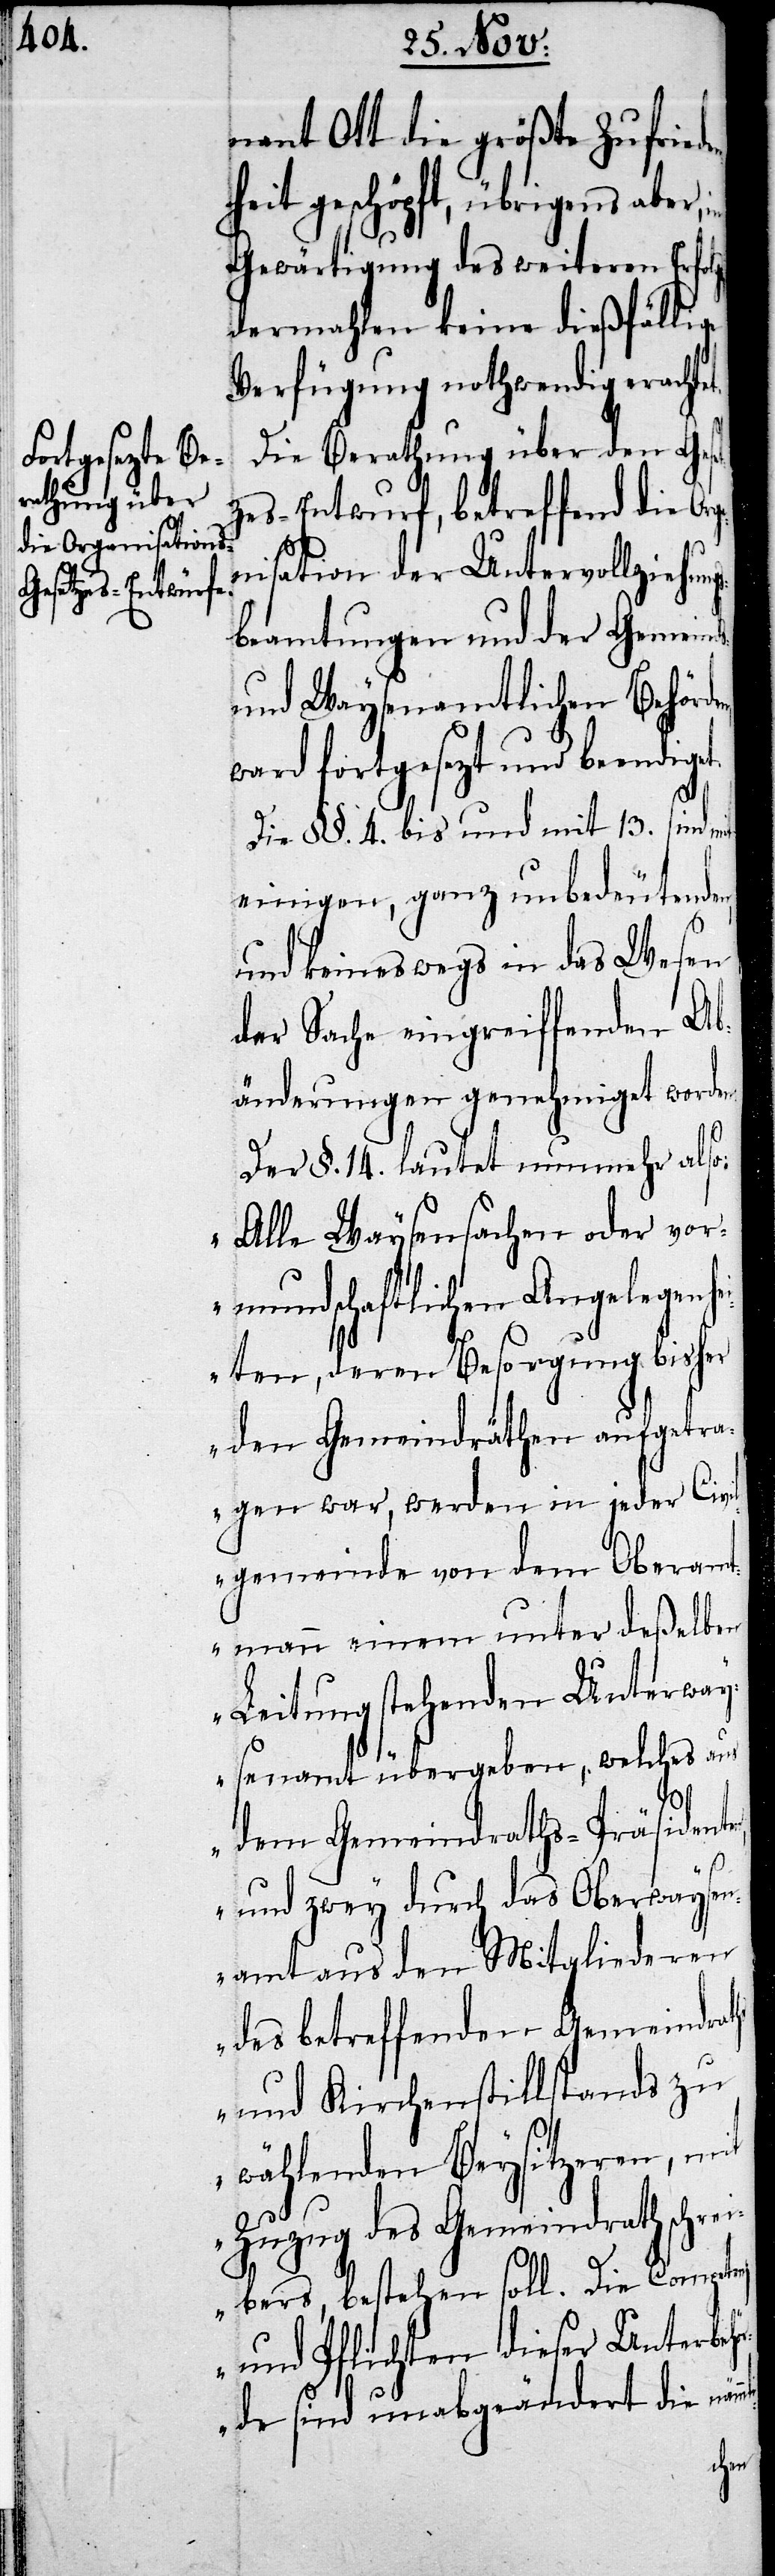
nant Ott die größte Zufried¬
heit geschöpft, übrigens aber,
Gewärtigung des weiteren Erfol¬
dermahlen keine dießfällige
Verfügung nothwendig eracht¬
Die Berathung über den Geset¬
zes-Entwurf, betreffend die Or¬
nisation der Untervollziehung¬
sbeamtungen und der Gemein¬
und Waysenamtlichen Behörd¬
ward fortgesetzt und beendig¬
Die §§. 4. bis und mit 13. sind mit
einigen, ganz unbedeutenden,
und keineswegs in das Wesen
der Sache eingreiffenden Ab¬
änderungen genehmiget worden.
Der §. 14. lautet nunmehr also:
„Alle Waysensachen oder vor¬
mundschaftlichen Angelegenh¬
eiten, deren Besorgung bisher
den Gemeinderäthen aufgetr¬
agen war, werden in jeder Civi¬
lgemeinde von dem Oberam¬
tmann einem unter deßelben
Leitung stehenden Unterway¬
senamt übergeben, welches aus
dem Gemeinderaths-Präsident¬
und zwey durch das Oberwaysen¬
amt aus den Mitgliederen
des betreffenden Gemeindera¬
und Kirchenstillstands zu
wählenden Beysitzeren, mit
Zuzug des Gemeinderathschr¬
eibers, bestehen soll. Die Competenz
und Pflichten dieser Unterbeh¬
örde sind unabgeänderet die näm¬
mli-